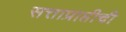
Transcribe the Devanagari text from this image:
सत्ताप्राप्तीची